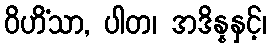
ဝိဟိံသာ, ပါတ၊ အဒိန္နနှင့်၊